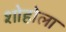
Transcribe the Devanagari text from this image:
शोहोला